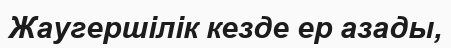
Жаугершілік кезде ер азады,